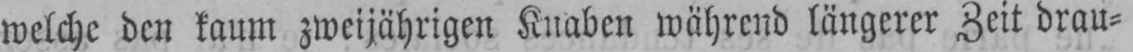
welche den kaum zweijährigen Knaben während längerer Zeit drau⸗